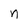
Character: n